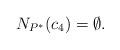
LaTeX: \begin{align*}N_{P^*}(c_4)=\emptyset.\end{align*}